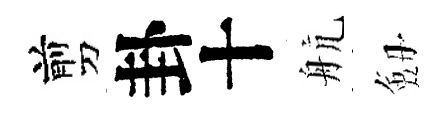
剪卦十航劔